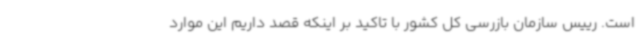
است. رییس سازمان بازرسی کل کشور با تاکید بر اینکه قصد داریم این موارد